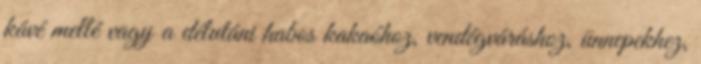
kávé mellé vagy a délutáni habos kakaóhoz, vendégváráshoz, ünnepekhez,